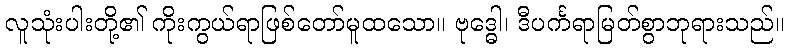
လူသုံးပါးတို့၏ ကိုးကွယ်ရာဖြစ်တော်မူထသော။ ဗုဒ္ဓေါ၊ ဒီပင်္ကရာမြတ်စွာဘုရားသည်။